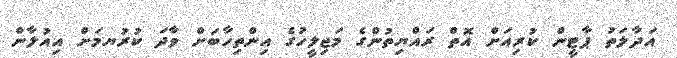
އަދާލަތު ޕާޓީން ކުރިއަށް އޮތް ރައްޔިތުންގެ މަޖިލީހުގެ އިންތިހާބަށް ވާދަ ކުރުޔމަށް އިއުލާން